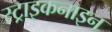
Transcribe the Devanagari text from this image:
स्ट्राइकनाइन